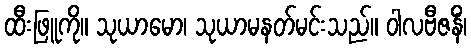
ထီးဖြူကို။ သုယာမော၊ သုယာမနတ်မင်းသည်။ ဝါလဗီဇနိံ၊